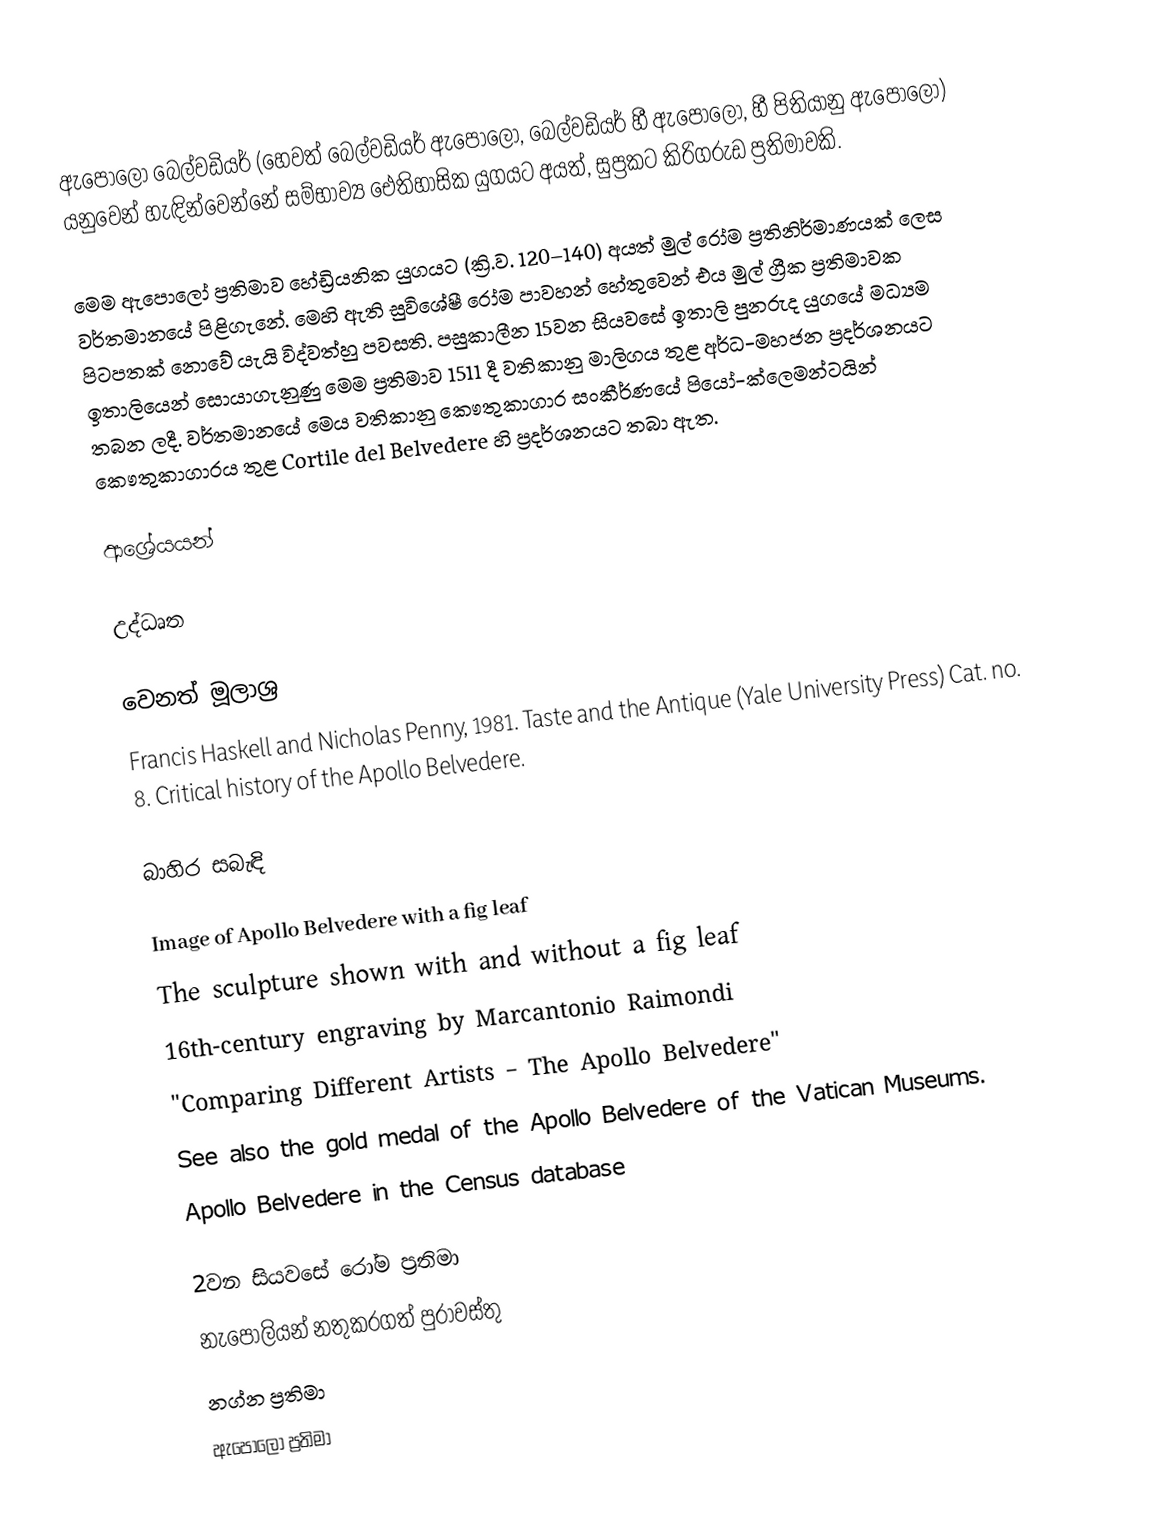
ඇපොලෝ බෙල්වඩියර් (හෙවත් බෙල්වඩියර් ඇපොලෝ, බෙල්වඩියර් හී ඇපොලෝ, හී පිතියානු ඇපොලෝ) ‍යනුවෙන් හැඳින්වෙන්නේ සම්භාව්‍ය ඓතිහාසික යුගයට අයත්, සුප්‍රකට කිරිගරුඩ ප්‍රතිමාවකි.

මෙම ඇපොලෝ ප්‍රතිමාව හේඩ්‍රියනික යුගයට (ක්‍රි.ව. 120–140) අයත් මුල් රෝම ප්‍රතිනිර්මාණයක් ලෙස වර්තමානයේ පිළිගැනේ. මෙහි ඇති සුවිශේෂී රෝම පාවහන් හේතුවෙන් එය මුල් ග්‍රීක ප්‍රතිමාවක පිටපතක් නොවේ යැයි විද්වත්හු පවසති. පසුකාලීන 15වන සියවසේ ඉතාලි පුනරුද යුගයේ මධ්‍යම ඉතාලියෙන් සොයාගැනුණු මෙම ප්‍රතිමාව 1511 දී වතිකානු මාලිගය තුළ අර්ධ-මහජන ප්‍රදර්ශනයට තබන ලදී. වර්තමානයේ මෙය වතිකානු කෞතුකාගාර සංකීර්ණයේ පියෝ-ක්ලෙමන්ටයින් කෞතුකාගාරය තුළ Cortile del Belvedere හි ප්‍රදර්ශනයට තබා ඇත.

ආශ්‍රේයයන්

උද්ධෘත

වෙනත් මූලාශ්‍ර
 Francis Haskell and Nicholas Penny, 1981. Taste and the Antique (Yale University Press) Cat. no. 8. Critical history of the Apollo Belvedere.

බාහිර සබැඳි

 Image of Apollo Belvedere with a fig leaf
 The sculpture shown with and without a fig leaf
 16th-century engraving by Marcantonio Raimondi
 "Comparing Different Artists – The Apollo Belvedere"
 See also the gold  medal of the Apollo  Belvedere of the Vatican Museums.
 Apollo Belvedere in the Census database

2වන සියවසේ රෝම ප්‍රතිමා
නැපෝලියන් නතුකරගත් පුරාවස්තු
නග්න ප්‍රතිමා
ඇපොලෝ ප්‍රතිමා